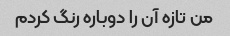
من تازه آن را دوباره رنگ کردم